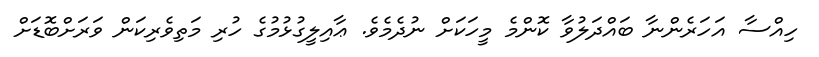
ހިއްސާ އަހަރެންނާ ބައްދަލުވާ ކޮންމެ މީހަކަށް ނުދެމެވެ. ޢާއިލީގުޅުމުގެ ހުރި މަތިވެރިކަން ވަރަށްބޮޑަށް